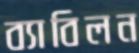
ব্যাবিলন